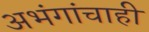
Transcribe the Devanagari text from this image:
अभंगांचाही